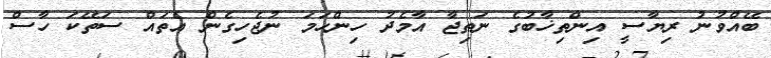
ބޭއްވުނު ރިޔާސީ އިންތިޚާބުގެ ނަތިޖާ އާމެދު ހިންހަމަ ނުޖެހިގެން އެތައް ސަތޭކަ ހާސް